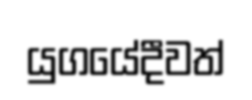
යුගයේදීවත්